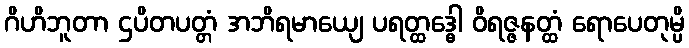
ဂိဟိဘူတာ ဌပိတပတ္တံ အဘိရမာယျေ ပရတ္ထဒ္ဓေါ ဝိရဇ္ဇနတ္ထံ ရောပေတုမ္ပိ